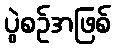
ပွဲစဉ်အဖြစ်